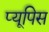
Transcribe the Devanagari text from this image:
प्यूपिस